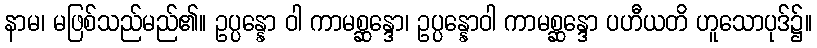
နာမ၊ မဖြစ်သည်မည်၏။ ဥပ္ပန္နော ဝါ ကာမစ္ဆန္ဒော၊ ဥပ္ပန္နောဝါ ကာမစ္ဆန္ဒော ပဟီယတိ ဟူသောပုဒ်၌။